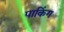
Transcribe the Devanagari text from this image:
पाकिंग